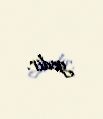
gedir.